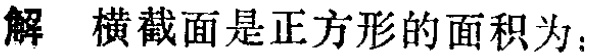
解 横截面是正方形的面积为：